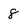
Character: 8